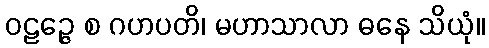
ဝဠဉ္ဇေ စ ဂဟပတိ၊ မဟာသာလာ ဓနေ သိယုံ။